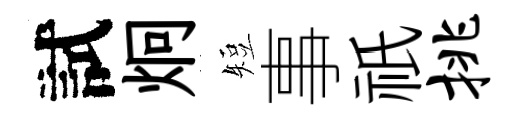
試炯短事祇挑